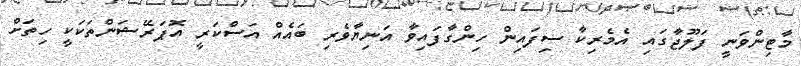
މާޓިންވަނީ ފަލޫޖާގައި އެމެރިކާ ސިފައިން ހިންގާފައިވާ އަނިޔާވެރި ބައެއް އަސްކަރީ އޮޕަރޭޝަންތަކަކީ ހިތަށް